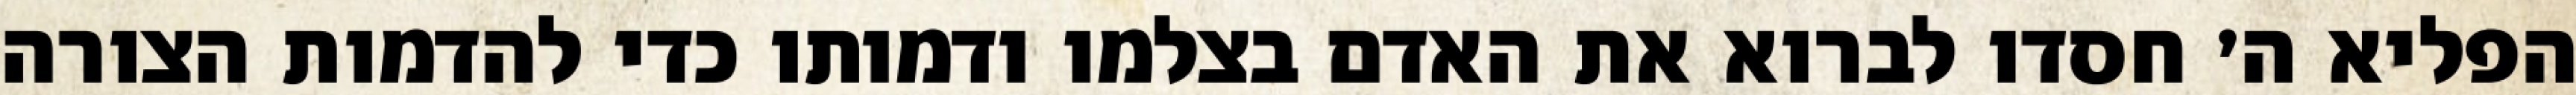
הפליא ה׳ חסדו לברוא את האדם בצלמו ודמותו כדי להדמות הצורה